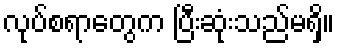
လုပ်စရာတွေက ပြီးဆုံးသည်မရှိ။